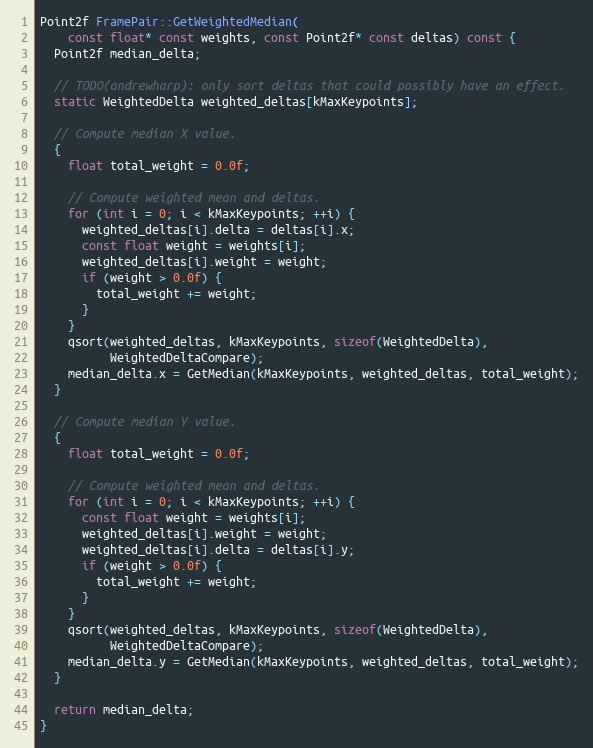
Language: C++
Point2f FramePair::GetWeightedMedian(
    const float* const weights, const Point2f* const deltas) const {
  Point2f median_delta;

  // TODO(andrewharp): only sort deltas that could possibly have an effect.
  static WeightedDelta weighted_deltas[kMaxKeypoints];

  // Compute median X value.
  {
    float total_weight = 0.0f;

    // Compute weighted mean and deltas.
    for (int i = 0; i < kMaxKeypoints; ++i) {
      weighted_deltas[i].delta = deltas[i].x;
      const float weight = weights[i];
      weighted_deltas[i].weight = weight;
      if (weight > 0.0f) {
        total_weight += weight;
      }
    }
    qsort(weighted_deltas, kMaxKeypoints, sizeof(WeightedDelta),
          WeightedDeltaCompare);
    median_delta.x = GetMedian(kMaxKeypoints, weighted_deltas, total_weight);
  }

  // Compute median Y value.
  {
    float total_weight = 0.0f;

    // Compute weighted mean and deltas.
    for (int i = 0; i < kMaxKeypoints; ++i) {
      const float weight = weights[i];
      weighted_deltas[i].weight = weight;
      weighted_deltas[i].delta = deltas[i].y;
      if (weight > 0.0f) {
        total_weight += weight;
      }
    }
    qsort(weighted_deltas, kMaxKeypoints, sizeof(WeightedDelta),
          WeightedDeltaCompare);
    median_delta.y = GetMedian(kMaxKeypoints, weighted_deltas, total_weight);
  }

  return median_delta;
}